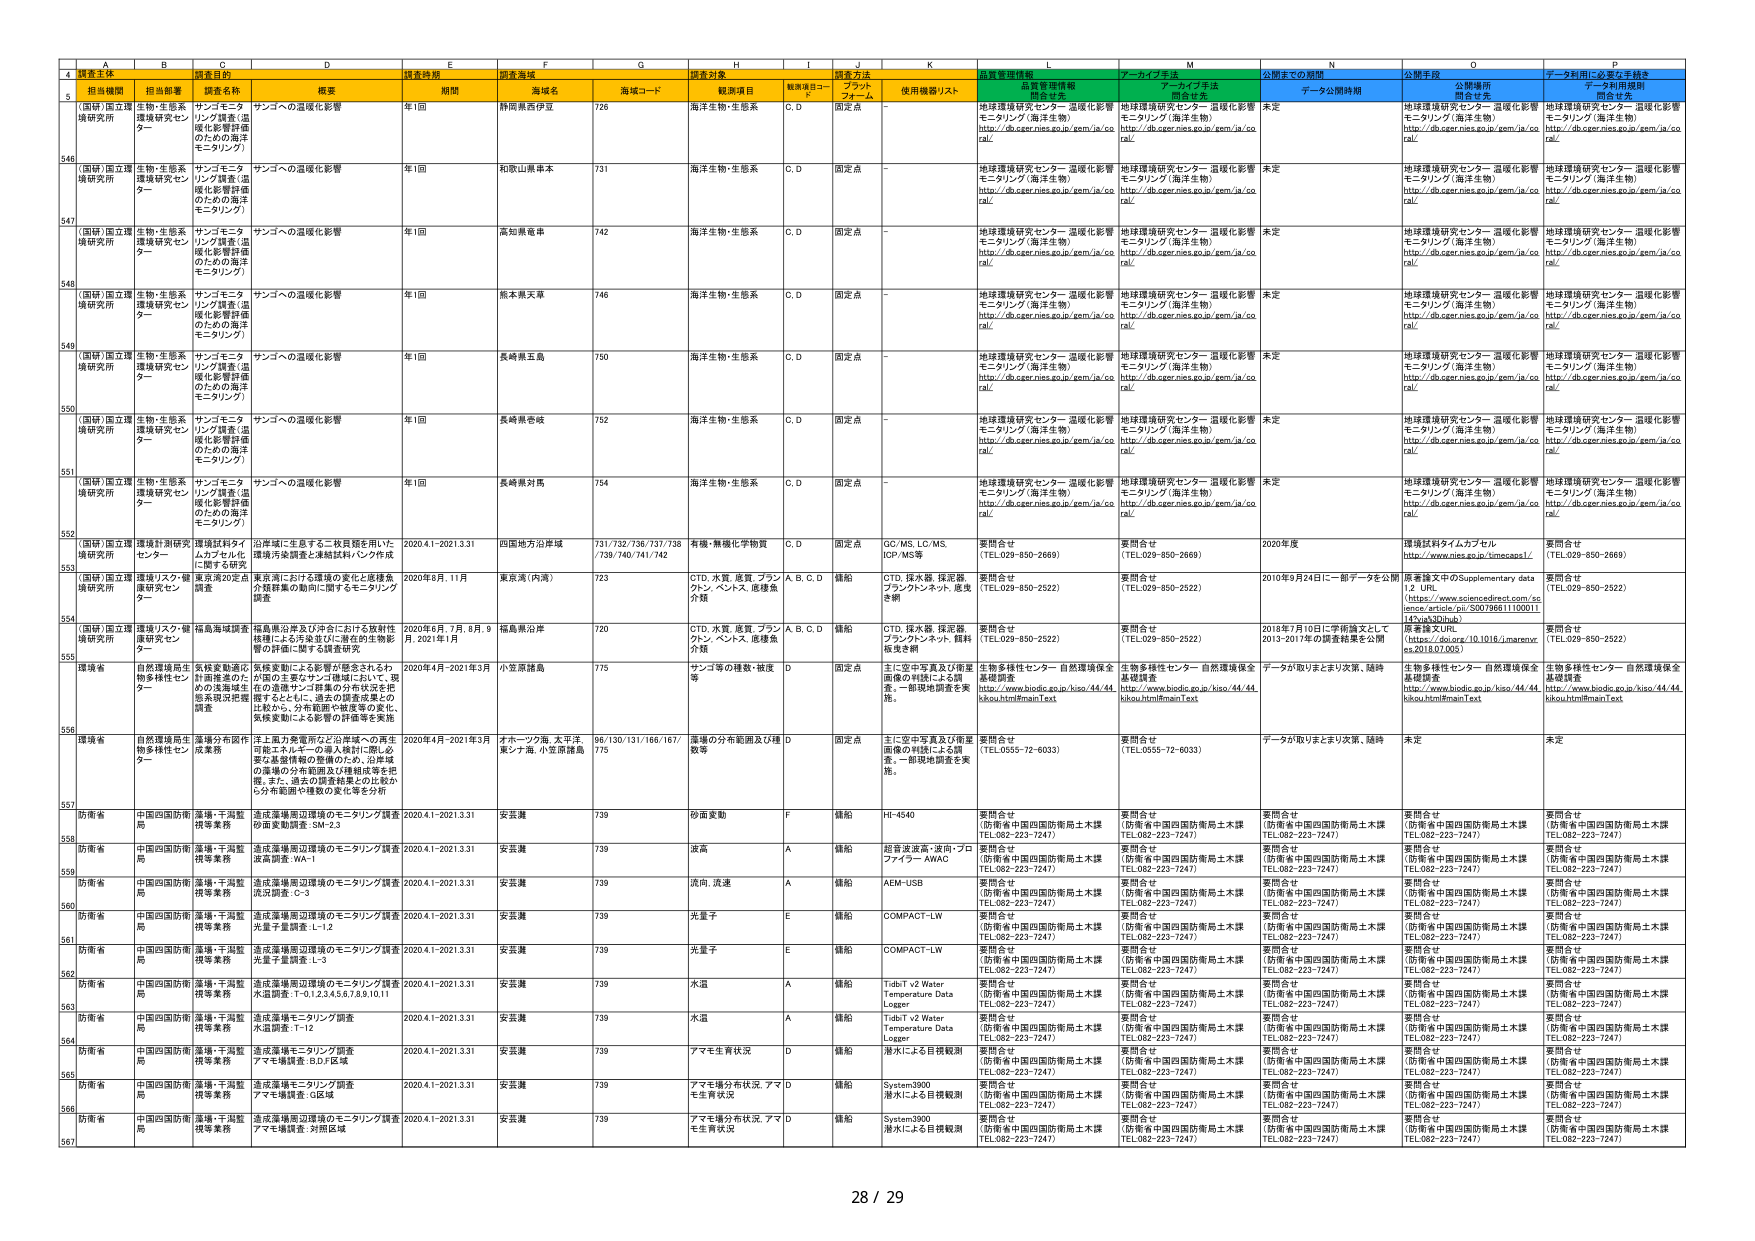
A
B
C
D
E
F
G
H
I
J
K
L
M
N
O
P
4
調査主体
担当部署
調査名称
概要
調査時期
調査海域
調査対象
調査方法
調査管理情報
アーカイブ手法
公開までの期間
公開手段
データ利用に必要な手続き
5
「国研」国立環境研究所
生物・生態系環境研究センター
サンゴモニタリング調査（温暖化影響評価のための海洋モニタリング）
サンゴへの温暖化影響
年1回
静岡県西伊豆
726
海洋生物・生態系
C,D
固定点
-
地球環境研究センター 温暖化影響モニタリング（海洋生物）
http://db.eger.nies.go.jp/gem/ja/coral/
地球環境研究センター 温暖化影響モニタリング（海洋生物）
http://db.eger.nies.go.jp/gem/ja/coral/
未定
地球環境研究センター 温暖化影響モニタリング（海洋生物）
http://db.eger.nies.go.jp/gem/ja/coral/
地球環境研究センター 温暖化影響モニタリング（海洋生物）
http://db.eger.nies.go.jp/gem/ja/coral/
546
「国研」国立環境研究所
生物・生態系環境研究センター
サンゴモニタリング調査（温暖化影響評価のための海洋モニタリング）
サンゴへの温暖化影響
年1回
和歌山県串本
731
海洋生物・生態系
C,D
固定点
-
地球環境研究センター 温暖化影響モニタリング（海洋生物）
http://db.eger.nies.go.jp/gem/ja/coral/
地球環境研究センター 温暖化影響モニタリング（海洋生物）
http://db.eger.nies.go.jp/gem/ja/coral/
未定
地球環境研究センター 温暖化影響モニタリング（海洋生物）
http://db.eger.nies.go.jp/gem/ja/coral/
地球環境研究センター 温暖化影響モニタリング（海洋生物）
http://db.eger.nies.go.jp/gem/ja/coral/
547
「国研」国立環境研究所
生物・生態系環境研究センター
サンゴモニタリング調査（温暖化影響評価のための海洋モニタリング）
サンゴへの温暖化影響
年1回
高知県奄美
742
海洋生物・生態系
C,D
固定点
-
地球環境研究センター 温暖化影響モニタリング（海洋生物）
http://db.eger.nies.go.jp/gem/ja/coral/
地球環境研究センター 温暖化影響モニタリング（海洋生物）
http://db.eger.nies.go.jp/gem/ja/coral/
未定
地球環境研究センター 温暖化影響モニタリング（海洋生物）
http://db.eger.nies.go.jp/gem/ja/coral/
地球環境研究センター 温暖化影響モニタリング（海洋生物）
http://db.eger.nies.go.jp/gem/ja/coral/
548
「国研」国立環境研究所
生物・生態系環境研究センター
サンゴモニタリング調査（温暖化影響評価のための海洋モニタリング）
サンゴへの温暖化影響
年1回
熊本県天草
746
海洋生物・生態系
C,D
固定点
-
地球環境研究センター 温暖化影響モニタリング（海洋生物）
http://db.eger.nies.go.jp/gem/ja/coral/
地球環境研究センター 温暖化影響モニタリング（海洋生物）
http://db.eger.nies.go.jp/gem/ja/coral/
未定
地球環境研究センター 温暖化影響モニタリング（海洋生物）
http://db.eger.nies.go.jp/gem/ja/coral/
地球環境研究センター 温暖化影響モニタリング（海洋生物）
http://db.eger.nies.go.jp/gem/ja/coral/
549
「国研」国立環境研究所
生物・生態系環境研究センター
サンゴモニタリング調査（温暖化影響評価のための海洋モニタリング）
サンゴへの温暖化影響
年1回
長崎県五島
750
海洋生物・生態系
C,D
固定点
-
地球環境研究センター 温暖化影響モニタリング（海洋生物）
http://db.eger.nies.go.jp/gem/ja/coral/
地球環境研究センター 温暖化影響モニタリング（海洋生物）
http://db.eger.nies.go.jp/gem/ja/coral/
未定
地球環境研究センター 温暖化影響モニタリング（海洋生物）
http://db.eger.nies.go.jp/gem/ja/coral/
地球環境研究センター 温暖化影響モニタリング（海洋生物）
http://db.eger.nies.go.jp/gem/ja/coral/
550
「国研」国立環境研究所
生物・生態系環境研究センター
サンゴモニタリング調査（温暖化影響評価のための海洋モニタリング）
サンゴへの温暖化影響
年1回
長崎県壱岐
752
海洋生物・生態系
C,D
固定点
-
地球環境研究センター 温暖化影響モニタリング（海洋生物）
http://db.eger.nies.go.jp/gem/ja/coral/
地球環境研究センター 温暖化影響モニタリング（海洋生物）
http://db.eger.nies.go.jp/gem/ja/coral/
未定
地球環境研究センター 温暖化影響モニタリング（海洋生物）
http://db.eger.nies.go.jp/gem/ja/coral/
地球環境研究センター 温暖化影響モニタリング（海洋生物）
http://db.eger.nies.go.jp/gem/ja/coral/
551
「国研」国立環境研究所
生物・生態系環境研究センター
サンゴモニタリング調査（温暖化影響評価のための海洋モニタリング）
サンゴへの温暖化影響
年1回
長崎県対馬
754
海洋生物・生態系
C,D
固定点
-
地球環境研究センター 温暖化影響モニタリング（海洋生物）
http://db.eger.nies.go.jp/gem/ja/coral/
地球環境研究センター 温暖化影響モニタリング（海洋生物）
http://db.eger.nies.go.jp/gem/ja/coral/
未定
地球環境研究センター 温暖化影響モニタリング（海洋生物）
http://db.eger.nies.go.jp/gem/ja/coral/
地球環境研究センター 温暖化影響モニタリング（海洋生物）
http://db.eger.nies.go.jp/gem/ja/coral/
552
「国研」国立環境研究所
環境計測研究センター
環境試料ライブラリ整備（記憶化影響評価のための海洋モニタリング）
沿岸域に生息する二枚貝類を用いた環境汚染調査と地球試料バンク作成に関する研究
2020.4.1-2021.3.31
四国地方沿岸域
731/732/736/737/738/739/740/741/742
有機・無機化学物質
C,D
固定点
GC/MS, LC/MS, ICP-MS等
要問合せ
(TEL:029-850-2668)
要問合せ
(TEL:029-850-2668)
2020年度
環境試料タイムカプセル
(http://www.nies.go.jp/timercaps1/)
要問合せ
(TEL:029-850-2668)
553
「国研」国立環境研究所
環境リスク・健康研究センター
東京湾20定点調査
東京湾における環境の変化と健康負荷指標の動向に関するモニタリング
2020年8月, 11月
東京湾（内湾）
723
CTD, 水質, 底質, プランクトン, ベンス, 底棲魚介類
A,B,C,D
錨船
CTD, 採水器, 採泥器, プランクトンネット, 魚類き網
要問合せ
(TEL:029-850-2522)
要問合せ
(TEL:029-850-2522)
2010年9月24日に一部データを公開
原著論文中のSupplementary data 1,2 URL
(http://www.sciencedirect.com/science/article/pii/S0079666111000114#xkx3Dhna)
要問合せ
(TEL:029-850-2522)
554
「国研」国立環境研究所
環境リスク・健康研究センター
福島海域調査
福島県沿岸及び沖合における放射性物質による汚染並びに潜在的生物影響の評価に関する調査研究
2020年6月, 7月, 8月, 9月, 2021年1月
福島県沿岸
720
CTD, 水質, 底質, プランクトン, ベンス, 底棲魚介類
A,B,C,D
錨船
CTD, 採水器, 採泥器, プランクトンネット, 魚類採集き網
要問合せ
(TEL:029-850-2522)
要問合せ
(TEL:029-850-2522)
2018年7月10日に学術論文として2013-2017年の調査結果を公開
生物多様性センター 自然環境保全基礎調査
(http://www.biodic.go.jp/kiso/44/44.kikou.html#mainText)
要問合せ
(TEL:029-850-2522)
555
環境省
自然環境局生物多様性センター
気候変動適応計画推進のための沿道海域生態系現況把握調査
気候変動による影響が懸念されるわが国の主要なサンゴ礁域において、現在の造礁サンゴ群集の分布状況を把握するとともに、過去の調査結果との比較から、分布範囲や密度等の変化、気候変動による影響の評価等を実施
2020年4月-2021年3月
小笠原諸島
775
サンゴの種数・被度等
D
固定点
主に空中写真及び衛星画像の判読による調査。一部現地調査を実施。
生物多様性センター 自然環境保全基礎調査
(http://www.biodic.go.jp/kiso/44/44.kikou.html#mainText)
生物多様性センター 自然環境保全基礎調査
(http://www.biodic.go.jp/kiso/44/44.kikou.html#mainText)
データが取りまとまり次第、随時
生物多様性センター 自然環境保全基礎調査
(http://www.biodic.go.jp/kiso/44/44.kikou.html#mainText)
556
環境省
自然環境局生物多様性センター
藻場分布図作成業務
手工動力発電所など沿岸域への再生可能エネルギーの導入検討に際し必要な基盤情報の整備のため、沿岸域の藻場の分布範囲及び構組成等を把握。また、過去の調査結果との比較から分布範囲や種数の変化等を分析
2020年4月-2021年3月
オホーツク海, 太平洋, 東シナ海, 小笠原諸島
96/130/131/166/167/775
藻場の分布範囲及び種数等
D
固定点
主に空中写真及び衛星画像の判読による調査。一部現地調査を実施。
要問合せ
(TEL:0555-72-6033)
要問合せ
(TEL:0555-72-6033)
データが取りまとまり次第、随時
未定
未定
557
防衛省
中国四国防衛局
藻場・干潟監視等業務
造成藻場周辺環境のモニタリング調査防衛実施調査 SM-2.3
2020.4.1-2021.3.31
安芸灘
739
砂面変動
F
錨船
HF-4540
要問合せ
(防衛省中国四国防衛局土木課 TEL:082-223-7247)
要問合せ
(防衛省中国四国防衛局土木課 TEL:082-223-7247)
要問合せ
(防衛省中国四国防衛局土木課 TEL:082-223-7247)
要問合せ
(防衛省中国四国防衛局土木課 TEL:082-223-7247)
要問合せ
(防衛省中国四国防衛局土木課 TEL:082-223-7247)
558
防衛省
中国四国防衛局
藻場・干潟監視等業務
造成藻場周辺環境のモニタリング調査波高調査 WA-1
2020.4.1-2021.3.31
安芸灘
739
波高
A
錨船
超音波波高・流向・プロファイラー AWAC
要問合せ
(防衛省中国四国防衛局土木課 TEL:082-223-7247)
要問合せ
(防衛省中国四国防衛局土木課 TEL:082-223-7247)
要問合せ
(防衛省中国四国防衛局土木課 TEL:082-223-7247)
要問合せ
(防衛省中国四国防衛局土木課 TEL:082-223-7247)
要問合せ
(防衛省中国四国防衛局土木課 TEL:082-223-7247)
559
防衛省
中国四国防衛局
藻場・干潟監視等業務
造成藻場周辺環境のモニタリング調査流況調査 C-3
2020.4.1-2021.3.31
安芸灘
739
流向, 流速
A
錨船
AEM-USB
要問合せ
(防衛省中国四国防衛局土木課 TEL:082-223-7247)
要問合せ
(防衛省中国四国防衛局土木課 TEL:082-223-7247)
要問合せ
(防衛省中国四国防衛局土木課 TEL:082-223-7247)
要問合せ
(防衛省中国四国防衛局土木課 TEL:082-223-7247)
要問合せ
(防衛省中国四国防衛局土木課 TEL:082-223-7247)
560
防衛省
中国四国防衛局
藻場・干潟監視等業務
造成藻場周辺環境のモニタリング調査光量予量調査 L-1.2
2020.4.1-2021.3.31
安芸灘
739
光量子
E
錨船
COMPACT-LW
要問合せ
(防衛省中国四国防衛局土木課 TEL:082-223-7247)
要問合せ
(防衛省中国四国防衛局土木課 TEL:082-223-7247)
要問合せ
(防衛省中国四国防衛局土木課 TEL:082-223-7247)
要問合せ
(防衛省中国四国防衛局土木課 TEL:082-223-7247)
要問合せ
(防衛省中国四国防衛局土木課 TEL:082-223-7247)
561
防衛省
中国四国防衛局
藻場・干潟監視等業務
造成藻場周辺環境のモニタリング調査光量予量調査 L-3
2020.4.1-2021.3.31
安芸灘
739
光量子
E
錨船
COMPACT-LW
要問合せ
(防衛省中国四国防衛局土木課 TEL:082-223-7247)
要問合せ
(防衛省中国四国防衛局土木課 TEL:082-223-7247)
要問合せ
(防衛省中国四国防衛局土木課 TEL:082-223-7247)
要問合せ
(防衛省中国四国防衛局土木課 TEL:082-223-7247)
要問合せ
(防衛省中国四国防衛局土木課 TEL:082-223-7247)
562
防衛省
中国四国防衛局
藻場・干潟監視等業務
造成藻場周辺環境のモニタリング調査水温調査 T-0,1,2,3,4,5,6,7,8,9,10,11
2020.4.1-2021.3.31
安芸灘
739
水温
A
錨船
Tidbit v2 Water Temperature Data Logger
要問合せ
(防衛省中国四国防衛局土木課 TEL:082-223-7247)
要問合せ
(防衛省中国四国防衛局土木課 TEL:082-223-7247)
要問合せ
(防衛省中国四国防衛局土木課 TEL:082-223-7247)
要問合せ
(防衛省中国四国防衛局土木課 TEL:082-223-7247)
要問合せ
(防衛省中国四国防衛局土木課 TEL:082-223-7247)
563
防衛省
中国四国防衛局
藻場・干潟監視等業務
造成藻場モニタリング調査水温調査 T-12
2020.4.1-2021.3.31
安芸灘
739
水温
A
錨船
Tidbit v2 Water Temperature Data Logger
要問合せ
(防衛省中国四国防衛局土木課 TEL:082-223-7247)
要問合せ
(防衛省中国四国防衛局土木課 TEL:082-223-7247)
要問合せ
(防衛省中国四国防衛局土木課 TEL:082-223-7247)
要問合せ
(防衛省中国四国防衛局土木課 TEL:082-223-7247)
要問合せ
(防衛省中国四国防衛局土木課 TEL:082-223-7247)
564
防衛省
中国四国防衛局
藻場・干潟監視等業務
造成藻場モニタリング調査アマモ場調査 B.D.F区域
2020.4.1-2021.3.31
安芸灘
739
アマモ生育状況
D
錨船
潜水中による目視観測
要問合せ
(防衛省中国四国防衛局土木課 TEL:082-223-7247)
要問合せ
(防衛省中国四国防衛局土木課 TEL:082-223-7247)
要問合せ
(防衛省中国四国防衛局土木課 TEL:082-223-7247)
要問合せ
(防衛省中国四国防衛局土木課 TEL:082-223-7247)
要問合せ
(防衛省中国四国防衛局土木課 TEL:082-223-7247)
565
防衛省
中国四国防衛局
藻場・干潟監視等業務
造成藻場モニタリング調査アマモ場調査 G区域
2020.4.1-2021.3.31
安芸灘
739
アマモ場分布状況, アマモ生育状況
D
錨船
System3900 潜水中による目視観測
要問合せ
(防衛省中国四国防衛局土木課 TEL:082-223-7247)
要問合せ
(防衛省中国四国防衛局土木課 TEL:082-223-7247)
要問合せ
(防衛省中国四国防衛局土木課 TEL:082-223-7247)
要問合せ
(防衛省中国四国防衛局土木課 TEL:082-223-7247)
要問合せ
(防衛省中国四国防衛局土木課 TEL:082-223-7247)
566
防衛省
中国四国防衛局
藻場・干潟監視等業務
造成藻場周辺環境のモニタリング調査アマモ場調査 対照区域
2020.4.1-2021.3.31
安芸灘
739
アマモ場分布状況, アマモ生育状況
D
錨船
System3900 潜水中による目視観測
要問合せ
(防衛省中国四国防衛局土木課 TEL:082-223-7247)
要問合せ
(防衛省中国四国防衛局土木課 TEL:082-223-7247)
要問合せ
(防衛省中国四国防衛局土木課 TEL:082-223-7247)
要問合せ
(防衛省中国四国防衛局土木課 TEL:082-223-7247)
要問合せ
(防衛省中国四国防衛局土木課 TEL:082-223-7247)
567
28 / 29